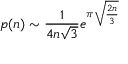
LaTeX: p ( n ) \sim { \frac { 1 } { 4 n { \sqrt { 3 } } } } e ^ { \pi { \sqrt { \frac { 2 n } { 3 } } } }